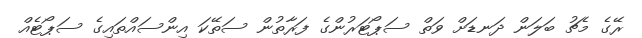
ރޭގެ މެޗު ބަލަން ދަނޑަށް ވަތް ސަޕޯޓަރުންގެ ފަރާތުން ސަތޭކަ އިންސައްތައިގެ ސަޕޯޓެއް